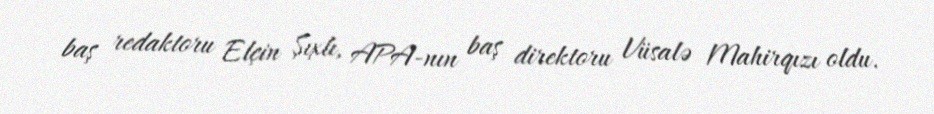
baş redaktoru Elçin Şıxlı, APA-nın baş direktoru Vüsalə Mahirqızı oldu.